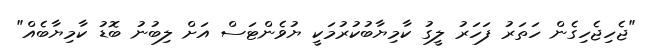
"ޖެހިޖެހިގެން ހަތަރު ފަހަރު ލީގު ކާމިޔާބުކުރުމަކީ ޔުވެންޓަސް އަށް ލިބުނު ބޮޑު ކާމިޔާބެއް"